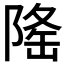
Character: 𨺚